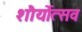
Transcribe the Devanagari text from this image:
शौर्योत्सव